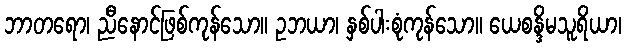
ဘာတရော၊ ညီနောင်ဖြစ်ကုန်သော။ ဥဘယာ၊ နှစ်ပါးစုံကုန်သော။ ယေစန္ဒိမသူရိယာ၊